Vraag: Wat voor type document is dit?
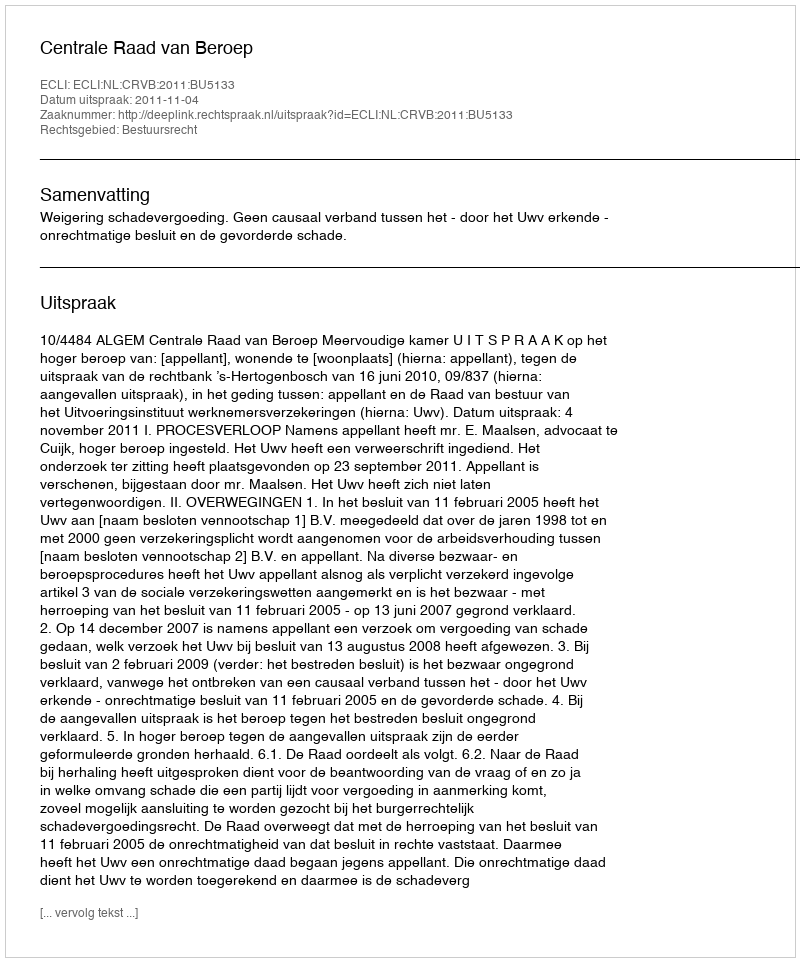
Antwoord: Uitspraak